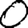
Digit: 0